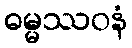
ဓမ္မဿဝနံ